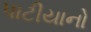
પાટીયાનો